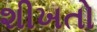
શીખતો